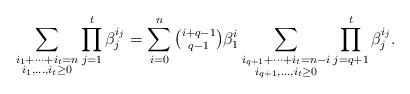
LaTeX: \begin{align*} \sum_{\substack{i_1+\cdots+i_t=n\\ i_1,\ldots,i_t\ge 0}} \prod_{j=1}^t \beta_j^{i_j}=\sum_{i=0}^n \tbinom{i+q-1}{q-1}\beta_1^i \sum_{\substack{i_{q+1}+\cdots+i_t=n-i\\ i_{q+1},\ldots,i_t\ge 0}} \prod_{j=q+1}^t \beta_j^{i_j}.\end{align*}